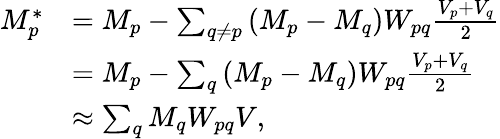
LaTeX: \begin{array}{rl}{M_{p}^{*}}&{=M_{p}-\sum_{q\neq p}{(M_{p}-M_{q})W_{pq}\frac{V_{p}+V_{q}}{2}}}\\ &{=M_{p}-\sum_{q}{(M_{p}-M_{q})W_{pq}\frac{V_{p}+V_{q}}{2}}}\\ &{\approx\sum_{q}{M_{q}W_{pq}V},}\end{array}